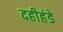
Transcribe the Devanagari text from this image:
दहीहंडे